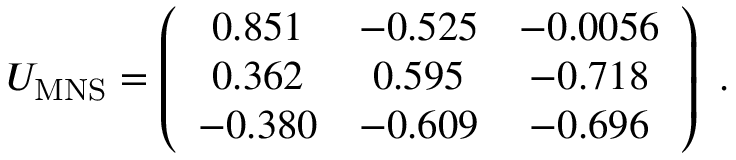
U _ { \mathrm { M N S } } = \left( \begin{array} { c c c } { { 0 . 8 5 1 } } & { { - 0 . 5 2 5 } } & { { - 0 . 0 0 5 6 } } \\ { { 0 . 3 6 2 } } & { { 0 . 5 9 5 } } & { { - 0 . 7 1 8 } } \\ { { - 0 . 3 8 0 } } & { { - 0 . 6 0 9 } } & { { - 0 . 6 9 6 } } \end{array} \right) \ .